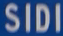
SIDI